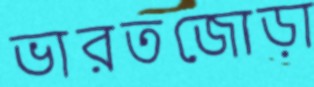
ভারতজোড়া